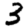
Digit: 3